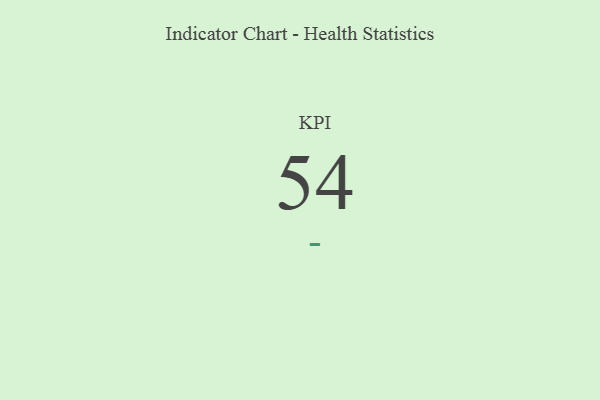
{"axis": {"x": "KPI", "y": "Value"}, "legend": [""], "data": [{"x": "KPI", "y": 54, "type": ""}]}